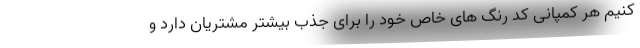
کنیم هر کمپانی کد رنگ های خاص خود را برای جذب بیشتر مشتریان دارد و